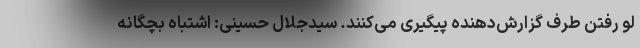
لو رفتن طرف گزارش‌دهنده پیگیری می‌کنند. سیدجلال حسینی: اشتباه بچگانه